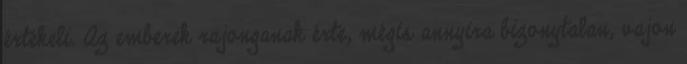
értékeli. Az emberek rajonganak érte, mégis annyira bizonytalan, vajon